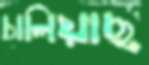
চালিয়াছ